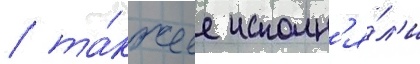
/ та́кже ее исполн'я́л'и